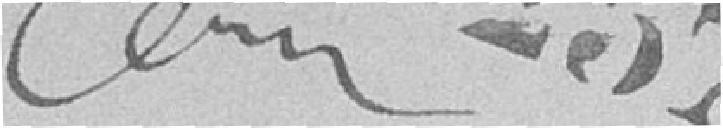
Com 257